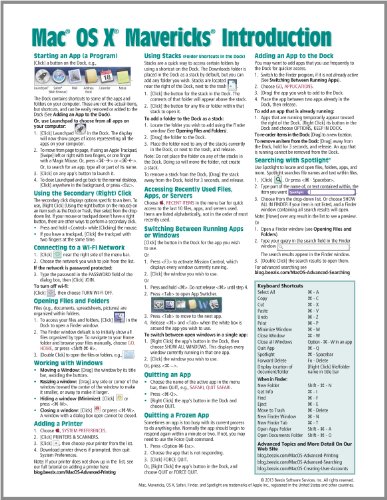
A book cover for Mac OS X Mavericks Introduction Quick Reference Guide (Cheat Sheet of Instructions, Tips & Shortcuts - Laminated Guide); Beezix Inc.; Computers & Technology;